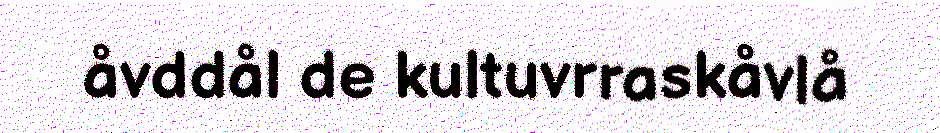
åvddål de kultuvrraskåvlå